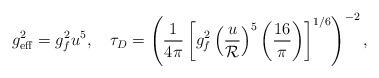
LaTeX: \begin{align*}g^2_{\rm eff} = g^2_f u^5, \quad \tau_{D} = \left({1 \over 4 \pi} \left[g_f^2 \left({u \over {\cal R}}\right)^{5}\left({16 \over \pi}\right)\right]^{1/6} \right)^{-2},\end{align*}